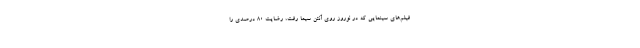
فیلم‌های سینمایی که در نوروز روی آنتن سیما رفت، رضایت ۸۰ درصدی را